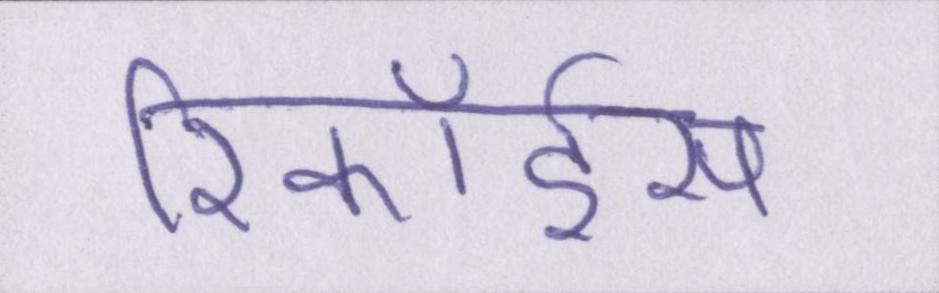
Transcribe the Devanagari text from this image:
रिकॉर्ड्स